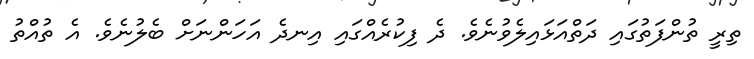
ތިރީ ތުންފަތުގައި ދަތްއަޅައިލެވުނެވެ. ދެ ފިކުރެއްގައި އިނދެ އަހަންނަށް ބެލުނެވެ. އެ ތުއްތު